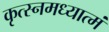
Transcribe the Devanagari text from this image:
कृत्स्नमध्यात्मं